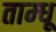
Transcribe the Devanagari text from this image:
ताम्धू